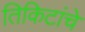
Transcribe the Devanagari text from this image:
तिकिटांचे